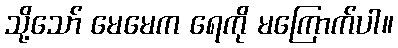
သို့သော် မေမေက ရေကို မကြောက်ပါ။